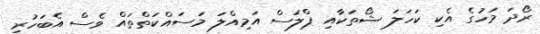
ރޯދަ މަހުގެ އެކި ކަހަލަ ޝޯތަކާއި ޕްލަސް އަމިއްލަ މަސައްކަތްތައް ވެސް އެބަހުރި